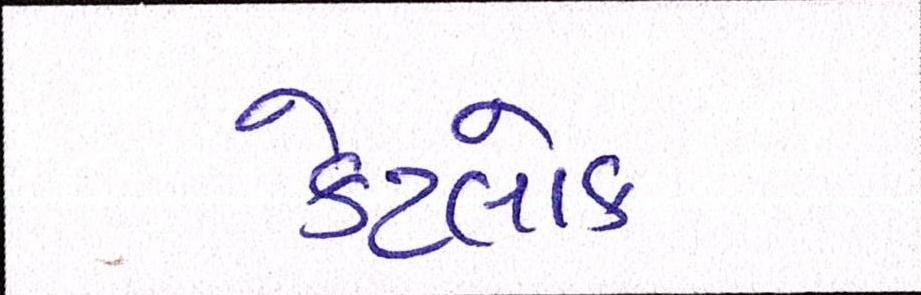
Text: કેટલોક